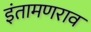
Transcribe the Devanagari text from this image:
इंतामणराव